Problem: 8 × 4 = ?
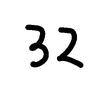
Handwritten answer: 32